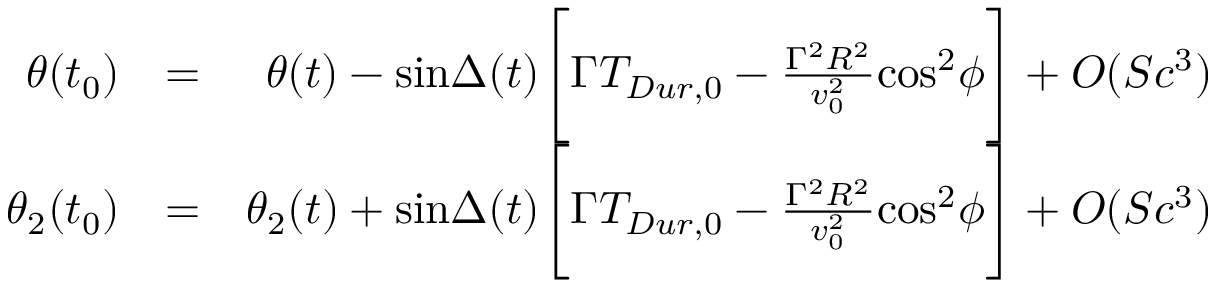
\begin{array} { r l r } { \theta ( t _ { 0 } ) } & { = } & { \theta ( t ) - \mathrm { s i n } \Delta ( t ) \Bigg [ \Gamma T _ { D u r , 0 } - { \frac { \Gamma ^ { 2 } R ^ { 2 } } { v _ { 0 } ^ { 2 } } } \mathrm { c o s } ^ { 2 } \phi \Bigg ] + O ( S c ^ { 3 } ) } \\ { \theta _ { 2 } ( t _ { 0 } ) } & { = } & { \theta _ { 2 } ( t ) + \mathrm { s i n } \Delta ( t ) \Bigg [ \Gamma T _ { D u r , 0 } - { \frac { \Gamma ^ { 2 } R ^ { 2 } } { v _ { 0 } ^ { 2 } } } \mathrm { c o s } ^ { 2 } \phi \Bigg ] + O ( S c ^ { 3 } ) } \end{array}